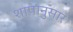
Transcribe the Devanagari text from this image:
शापानुसार